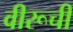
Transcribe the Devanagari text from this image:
वीरूची